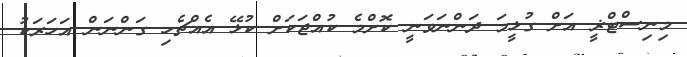
މިނިސްޓްޜީ އަށް ގުޅީމަ ދަންނަވަނީ ކޮށްމެ ކުއްޖަކަށް ކުޅޭ އެއްޗެހި ގަންނަން އަހަރަކު